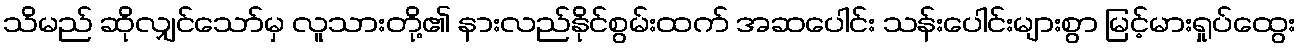
သိမည် ဆိုလျှင်သော်မှ လူသားတို့၏ နားလည်နိုင်စွမ်းထက် အဆပေါင်း သန်းပေါင်းများစွာ မြင့်မားရှုပ်ထွေး